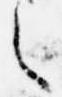
之